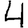
Digit: 4